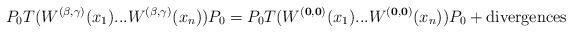
LaTeX: \begin{align*}P_{0}T(W^{(\mathbf{\beta},\mathbf{\gamma})}(x_{1})...W^{(\mathbf{\beta}, \mathbf{\gamma})}(x_{n}))P_{0}=P_{0}T(W^{(\mathbf{0},\mathbf{0})}(x_{1})...W^{(\mathbf{0},\mathbf{0})}(x_{n}))P_{0}+\mathrm{divergences}\end{align*}